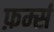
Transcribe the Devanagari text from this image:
फ़र्म्स